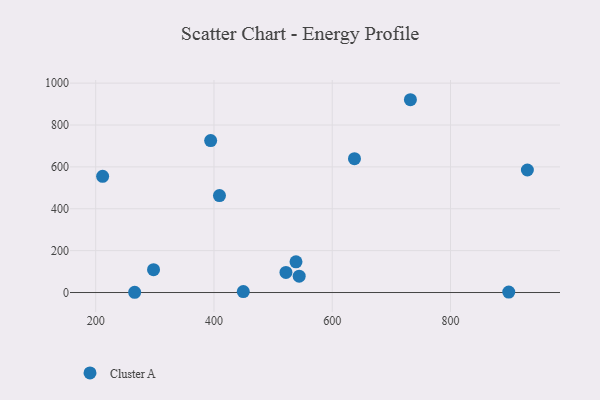
{"axis": {"x": "Distance", "y": "Fuel Efficiency"}, "legend": ["Cluster A"], "data": [{"x": "265.9", "y": 1.2, "type": "Cluster A"}, {"x": "211.7", "y": 554.9, "type": "Cluster A"}, {"x": "637.6", "y": 639.3, "type": "Cluster A"}, {"x": "409.3", "y": 462.8, "type": "Cluster A"}, {"x": "538.7", "y": 146.8, "type": "Cluster A"}, {"x": "449.6", "y": 4.7, "type": "Cluster A"}, {"x": "898.5", "y": 2.2, "type": "Cluster A"}, {"x": "544.1", "y": 77.9, "type": "Cluster A"}, {"x": "521.7", "y": 96.0, "type": "Cluster A"}, {"x": "732.2", "y": 920.7, "type": "Cluster A"}, {"x": "394.4", "y": 725.7, "type": "Cluster A"}, {"x": "930.0", "y": 585.1, "type": "Cluster A"}, {"x": "297.8", "y": 109.3, "type": "Cluster A"}]}